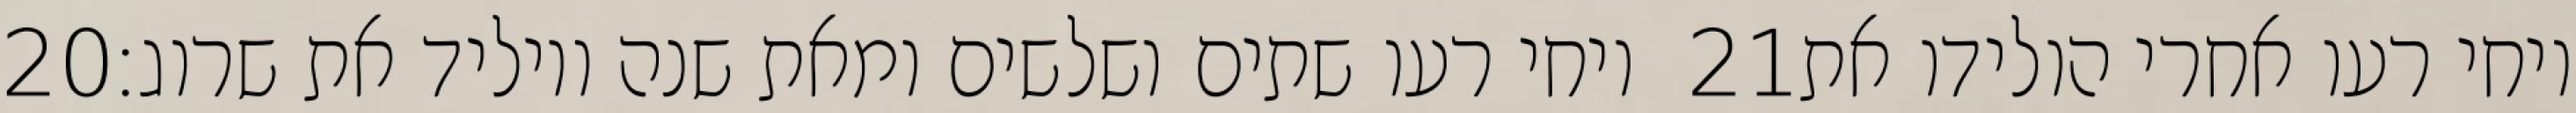
‎20‏ ויחי רעו שתים ושלשים ומאת שנה ויוליד את שרוג׃ ‎21‏ ויחי רעו אחרי הולידו את